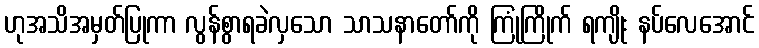
ဟုအသိအမှတ်ပြုကာ လွန်စွာရခဲလှသော သာသနာတော်ကို ကြုံကြိုက် ရကျိုး နပ်လေအောင်